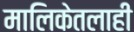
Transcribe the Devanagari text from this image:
मालिकेतलाही